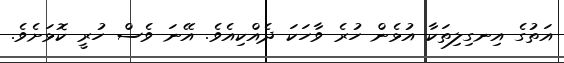
އަތުގެ އިނގިލިތަކާ އުޅެން ހުރެ ވާހަކަ ދެއްކިއެވެ. އޭނަ ވެސް ހުރީ ކޮޅަށެވެ.